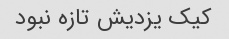
کیک یزدیش تازه نبود